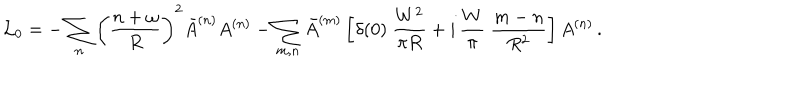
\mathcal { L } _ { 0 } = - \sum _ { n } \left( \frac { n + \omega } { R } \right) ^ { 2 } \bar { A } ^ { ( n ) } A ^ { ( n ) } - \sum _ { m , n } \bar { A } ^ { ( m ) } \left[ \delta ( 0 ) \ \frac { W ^ { 2 } } { \pi R } + i \, \frac { W } { \pi } \ \frac { m - n } { R ^ { 2 } } \right] A ^ { ( n ) } \, .